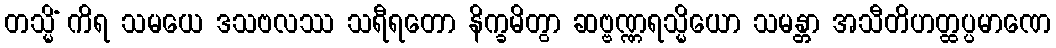
တသ္မိံ ကိရ သမယေ ဒသဗလဿ သရီရတော နိက္ခမိတွာ ဆဗ္ဗဏ္ဏရသ္မိယော သမန္တာ အသီတိဟတ္ထပ္ပမာဏေ